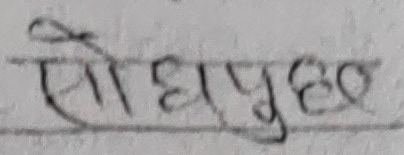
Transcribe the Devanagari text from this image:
सोधापुछ